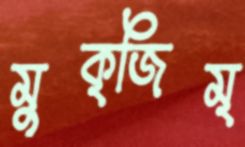
মুক্জিম্